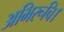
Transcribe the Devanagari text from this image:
अभिरूचि।